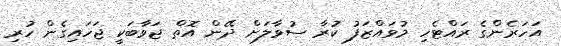
އަހަރެންގެ ރައްޓެހި މުވައްޒަފު ކުރާ ސުވާލަށް ދޭން އޮތް ޖަވާބަކީ ޖަހައިގެން ހުރި